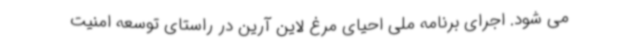
می شود. اجرای برنامه ملی احیای مرغ لاین آرین در راستای توسعه امنیت